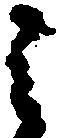
之